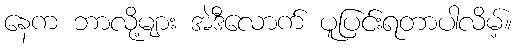
နေက ဘာလို့များ အဲဒီလောက် ပူပြင်းရတာပါလိမ့်။